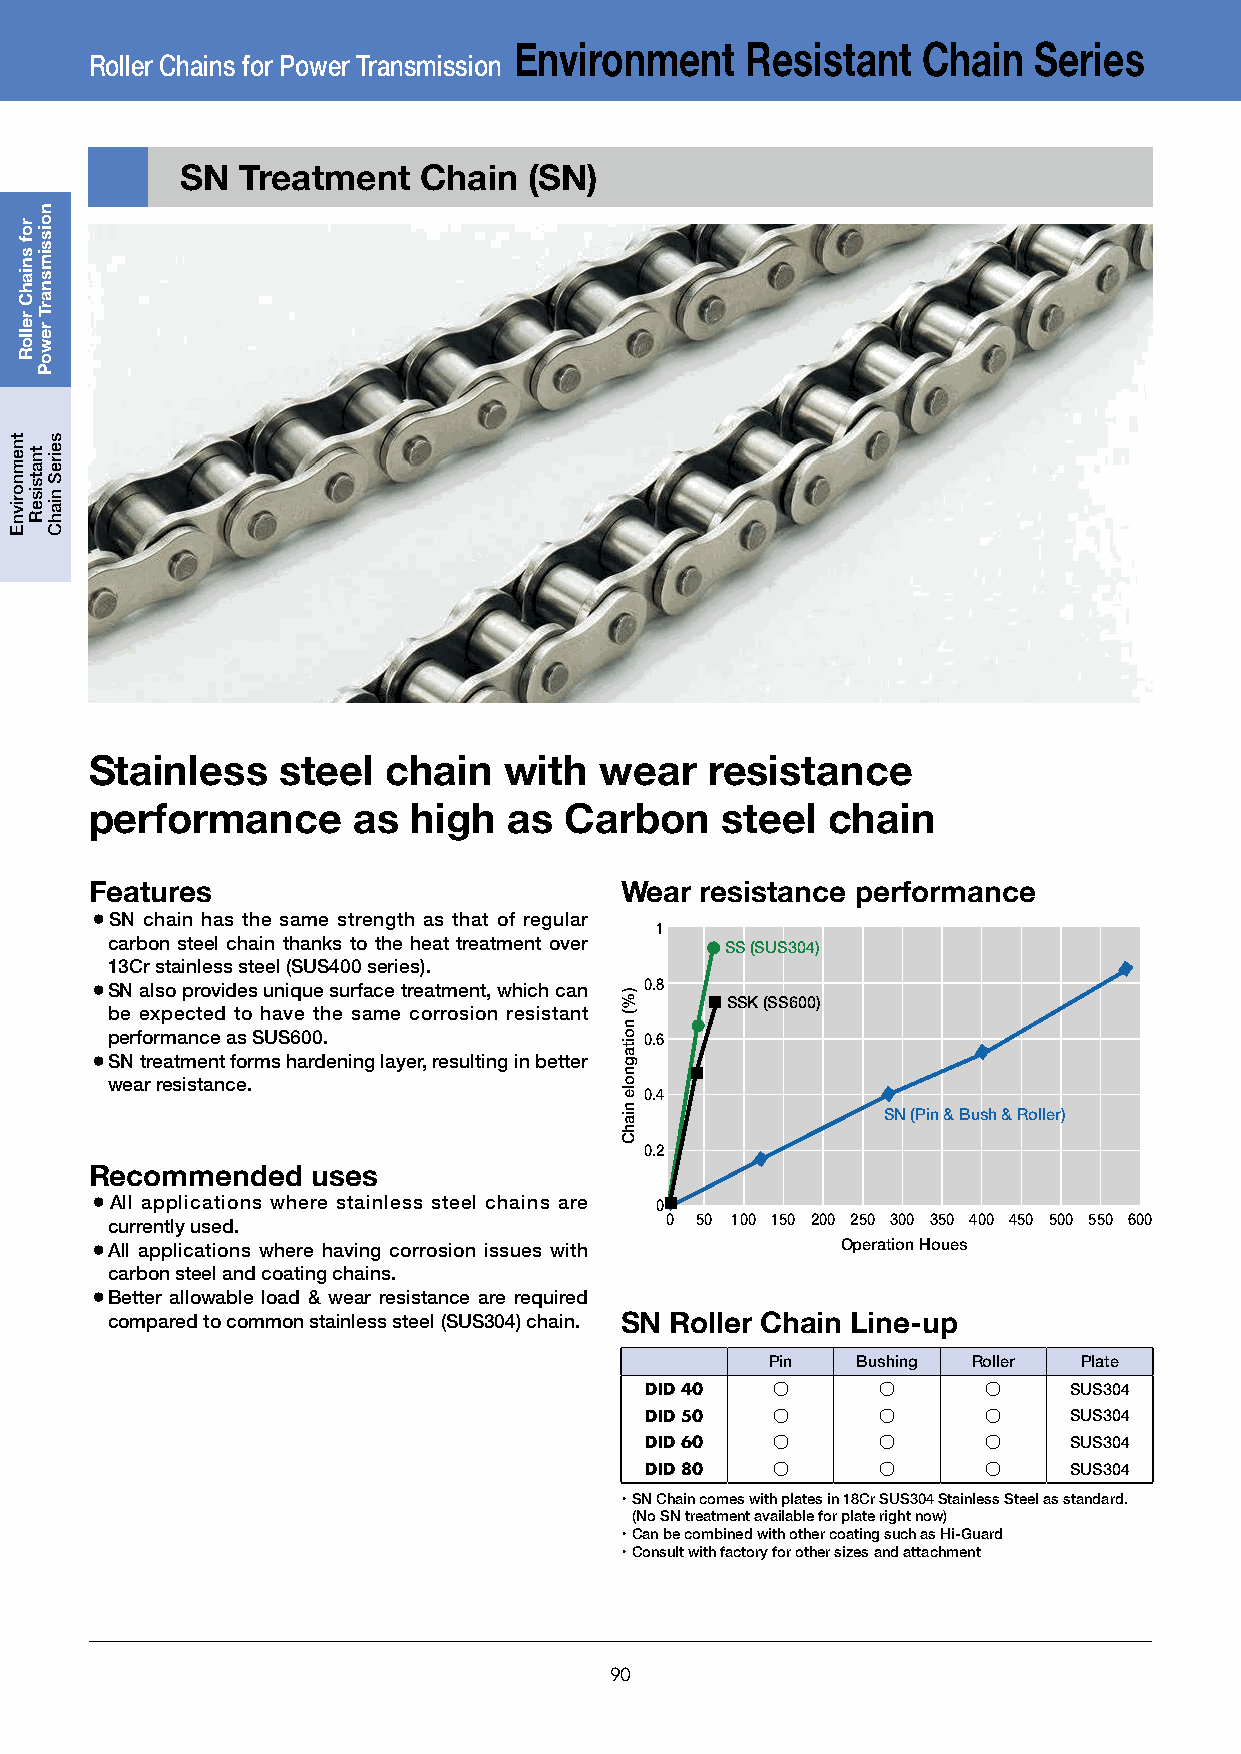
Environment    Resistant   Chain  Series
 Roller Chains for Power Transmission
 SN  Treatment   Chain  (SN)
 Stainless   steel   chain  with   wear   resistance
 performance      as  high   as Carbon     steel  chain
 Features                           Wear resistance performance
 ¡SN chain has the same strength as that of regular
 1
 carbon steel chain thanks to the heat treatment over SS (SUS304)
 13Cr stainless steel (SUS400 series).
 ¡SN also provides unique surface treatment, which can 0.8
 SSK (SS600)
 be expected to have the same corrosion resistant
 performance as SUS600.              0.6
 ¡SN treatment forms hardening layer, resulting in better
 wear resistance.
 0.4
 SN (Pin & Bush & Roller)
 0.2
 Recommended    uses
 ¡All applications where stainless steel chains are 0
 currently used.                      0 50 100 150 200 250 300 350 400 450 500 550 600
 ¡All applications where having corrosion issues with Operation Houes
 carbon steel and coating chains.
 ¡Better allowable load & wear resistance are required
 compared to common stainless steel (SUS304) chain. SN Roller Chain Line-up
 Pin   Bushing Roller Plate
 DID 40  ○      ○      ○     SUS304
 DID 50  ○      ○      ○     SUS304
 DID 60  ○      ○      ○     SUS304
 DID 80  ○      ○      ○     SUS304
 ・SN Chain comes with plates in 18Cr SUS304 Stainless Steel as standard.
 (No SN treatment available for plate right now)
 ・Can be combined with other coating such as Hi-Guard
 ・Consult with factory for other sizes and attachment
 90
 tnemnorivnE
 rof
 sniahC
 relloR
 tnatsiseR
 noissimsnarT
 rewoP
 seireS
 niahC
 )%(
 noitagnole
 niahC